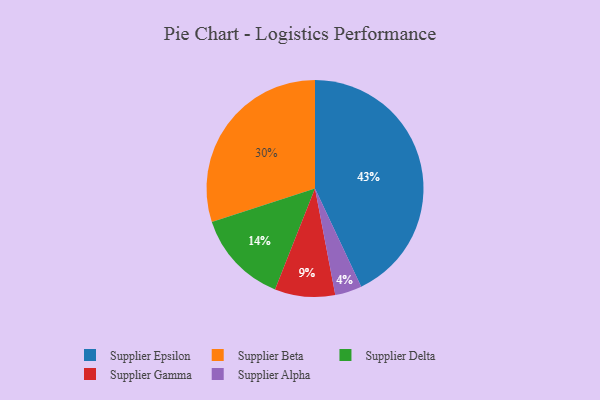
{"axis": {"x": "Category", "y": "Percentage"}, "legend": ["Supplier Alpha", "Supplier Beta", "Supplier Delta", "Supplier Epsilon", "Supplier Gamma"], "data": [{"x": "Supplier Alpha", "y": 4, "type": "Supplier Alpha"}, {"x": "Supplier Delta", "y": 14, "type": "Supplier Delta"}, {"x": "Supplier Gamma", "y": 9, "type": "Supplier Gamma"}, {"x": "Supplier Epsilon", "y": 43, "type": "Supplier Epsilon"}, {"x": "Supplier Beta", "y": 30, "type": "Supplier Beta"}]}